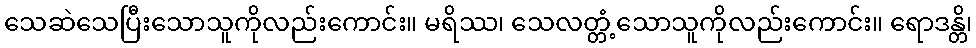
သေဆဲသေပြီးသောသူကိုလည်းကောင်း။ မရိဿ၊ သေလတ္တံ့သောသူကိုလည်းကောင်း။ ရောဒန္တိ၊